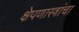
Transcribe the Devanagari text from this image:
क्षेपणास्त्रांचा